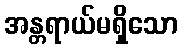
အန္တရာယ်မရှိသော